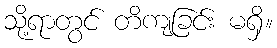
သို့ရာတွင် တိကျခြင်း မရှိ။